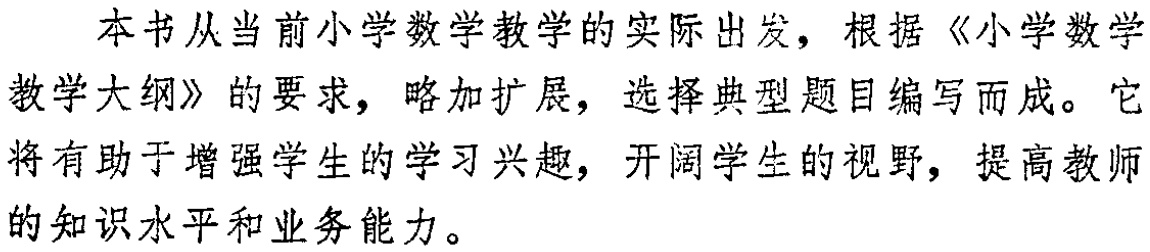
本书从当前小学数学教学的实际出发，根据《小学数学教学大纲》的要求，略加扩展，选择典型题目编写而成。它将有助于增强学生的学习兴趣，开阔学生的视野，提高教师的知识水平和业务能力。